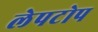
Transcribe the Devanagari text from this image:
लेपटोप